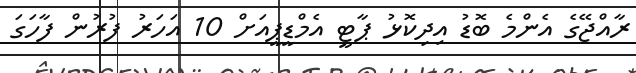
ރާއްޖޭގެ އެންމެ ބޮޑު އިދިކޮޅު ޕާޓީ އެމްޑީޕީއަށް 10 އަހަރު ފުރުން ފާހަގަ